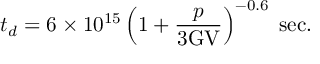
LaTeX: t _ { d } = 6 \times 1 0 ^ { 1 5 } \left( 1 + \frac { p } { 3 \mathrm { G V } } \right) ^ { - 0 . 6 } \; \mathrm { s e c } .